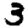
Digit: 3